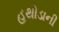
હથોડાની